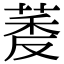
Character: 𬝔